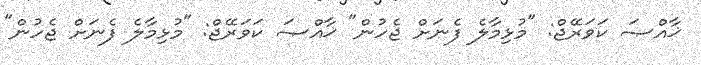
ޚާއްޞަ ކަވަރޭޖް: "މުޅިމާލެ ފެނަށް ޖެހުން" ޚާއްޞަ ކަވަރޭޖް: "މުޅިމާލެ ފެނަށް ޖެހުން"